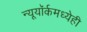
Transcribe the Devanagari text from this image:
न्यूयॉर्कमध्येही